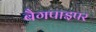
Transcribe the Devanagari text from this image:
बैगपाइपर